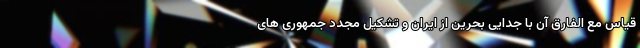
قیاس مع الفارق آن با جدایی بحرین از ایران و تشکیل مجدد جمهوری های